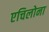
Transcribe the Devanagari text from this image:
एचिलोना